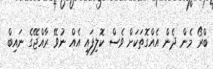
ބްރޯ މެން ދެން އެއްގޮތަކަށް ވެސް ކޮލިފައި އެއް ނުވޭ ރާއްޖޭގެ ނައިބް